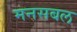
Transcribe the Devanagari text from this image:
मनसबल